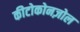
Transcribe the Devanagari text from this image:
कीटोकोनज़ोल